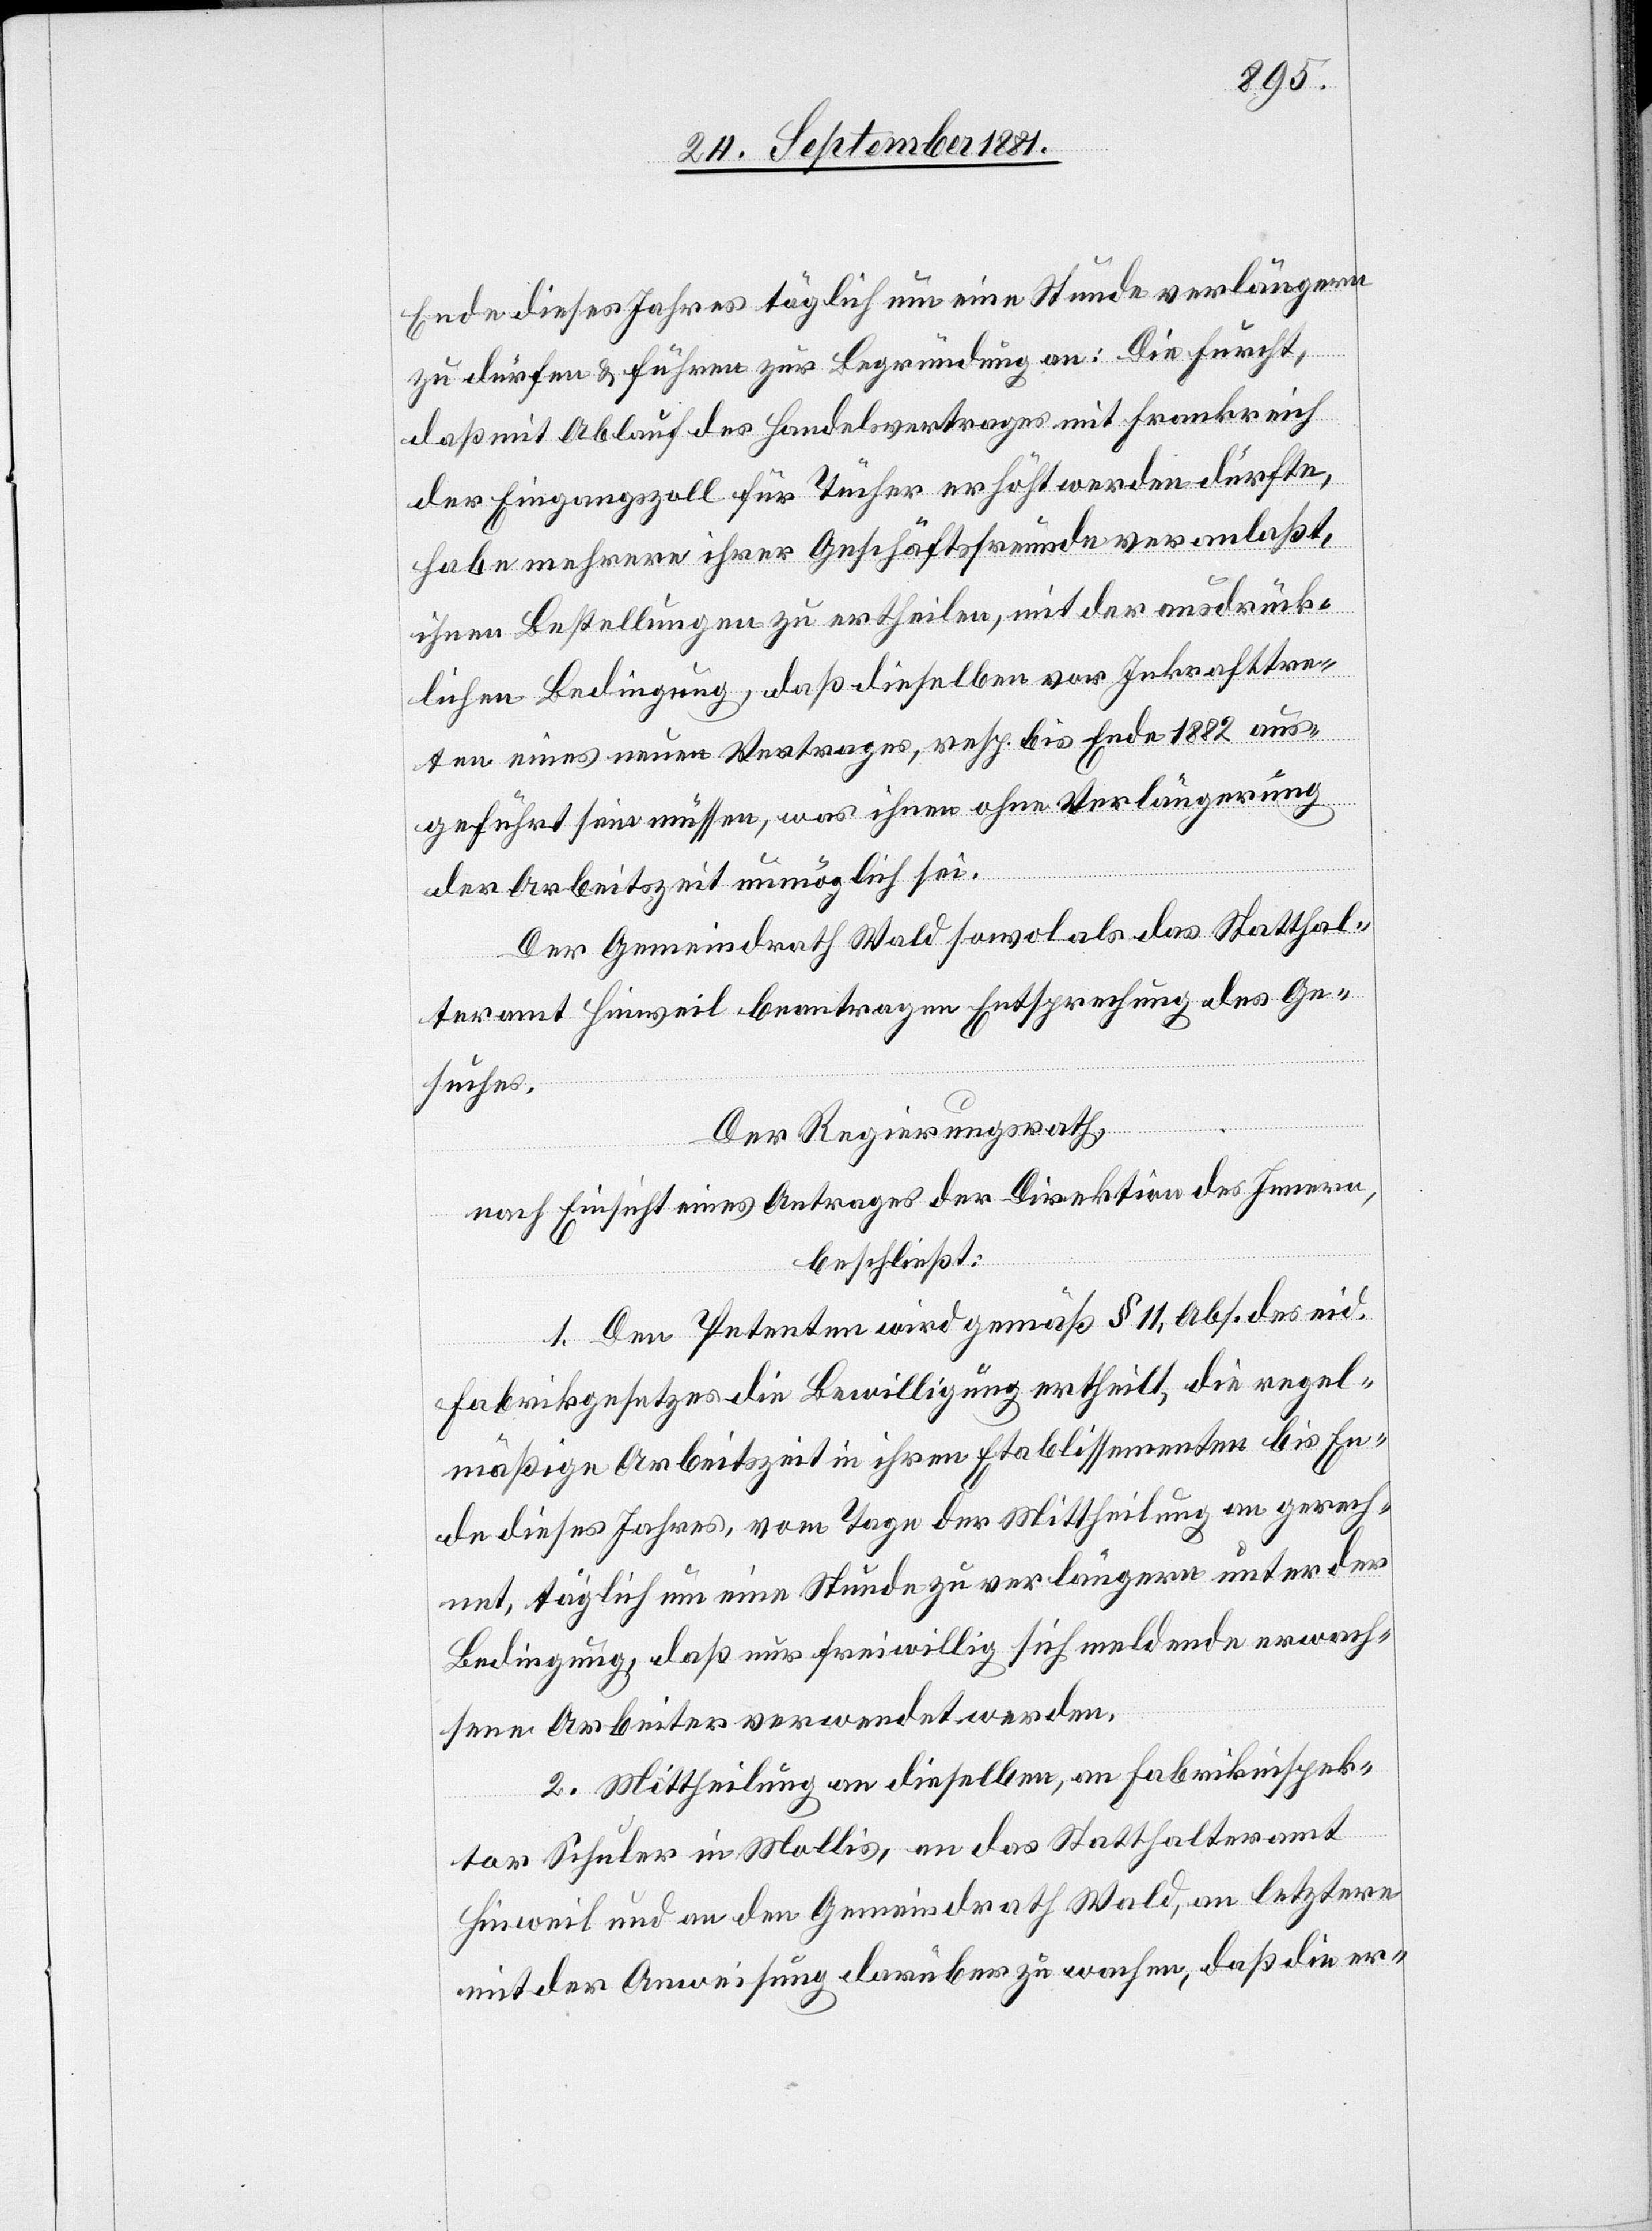
Ende dieses Jahres täglich um eine Stunde verlängern
zu dürfen & führen zur Begründung an: Die Furcht,
daß mit Ablauf des Handelsvertrages mit Frankreich
der Eingangszoll für Tücher erhöht werden dürfte,
habe mehrere ihrer Geschäftsfreunde veranlaßt,
ihnen Bestellungen zu ertheilen, mit der ausdrück¬
lichen Bedingung, daß dieselben vor Inkrafttre¬
ten eines neuen Vertrages, resp. bis Ende 1882 aus¬
geführt sein müssen, was ihnen ohne Verlängerung
der Arbeitszeit unmöglich sei.
Der Gemeindrath Wald sowol als das Statthal¬
teramt Hinweil beantragen Entsprechung des Ge¬
suches.
Der Regierungsrath,
nach Einsicht eines Antrages der Direktion des Innern,
beschließt:
1. Den Petenten wird gemäß § 11, Abs. [sic!] des eid.
Fabrikgesetzes die Bewilligung ertheilt, die regel¬
mäßige Arbeitszeit in ihren Etablissementen bis En¬
de dieses Jahres, vom Tage der Mittheilung an gerech¬
net, täglich um eine Stunde zu verlängern unter der
Bedingung, daß nur freiwillig sich meldende erwach¬
sene Arbeiter verwendet werden.
2. Mittheilung an dieselben, an Fabrikinspek¬
tor Schuler in Mollis, an das Statthalteramt
Hinweil und an den Gemeindrath Wald, an letztern
mit der Anweisung, darüber zu wachen, daß die er-